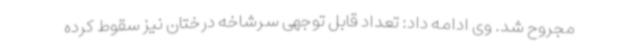
مجروح شد. وی ادامه داد: تعداد قابل توجهی سرشاخه درختان نیز سقوط کرده